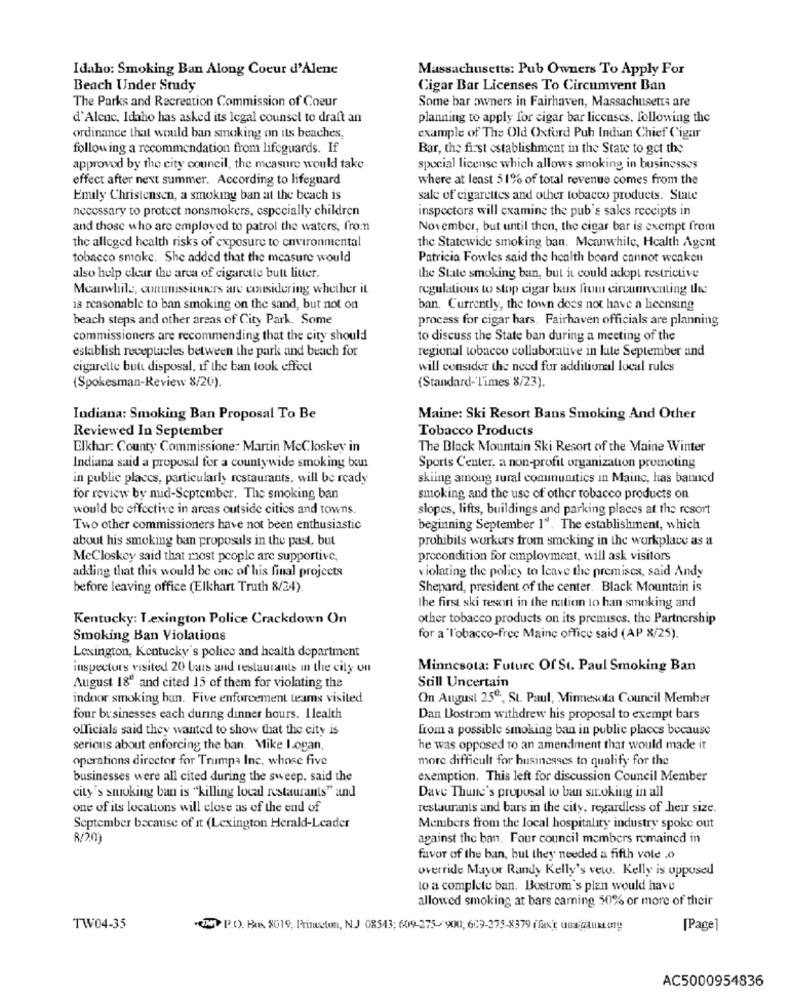
Idaho: Smoking Ban Along Coeur d'Alene
Massachusetts: Pub Owners To Apply For
Beach Under Study
Cigar Bar Licenses To Circumvent Ban
The Parks and Recreation Commission of Coeur
Some bar owners in Fairhaven, Massachusetts are
d'Alene, Idaho has asked its legal counsel to draft an
planning to apply for cigar bar licenses, following the
ordinance that would ban smoking on its beaches,
example of The Old Oxford Puh Indian Chief Cigar
following a recommendation from lifeguards. If
Bar, the first establishment in the State to get the
approved by the city council, the measure would take
special license which allows smoking in businesses
effect after next summer. According to lifeguard
where at least 51% of total revenue comes from the
Emily Christensen, a smoking ban at the beach is
sale of cigarettes and other tobacco products. State
necessary to protect nonsmokers, especially children
inspectors will cxamine the pub's sales receipts in
and those who are employed to patrol the waters, from
November, but until then, the cigar bar is exempt from
the alleged health risks of exposure to environmental
the Statewide smoking ban. Meanwhile, Health Agent
tobacco smoke. She added that the measure would
Patricia Fowles said the health board cannot weaken
also help clear the area of cigarette butt litter.
the State smoking ban, but it could adopt restrictive
Meanwhile, commissioners are considering whether it
regulations to stop cigar bas from circumventing the
is reasonable to ban smoking on the sand, but not on
ban. Currently, the town does not have a licensing
beach steps and other areas of City Park. Some
process for cigar hars. Fairhaven officials are planning
commissioners are recommending that the city should
to discuss the State ban during a meeting of the
establish receptacles between the park and beach for
regional tobacco collaborative in late September and
cigarelle but disposal, if the ban took effect
will consider the need fur additional local rules
(Spokesman-Review 8/20).
(Standard-'Times 8/23).
Indiana: Smoking Ban Proposal To Be
Maine: Ski Resort Bans Smoking And Other
Reviewed In September
Tobacco Products
Elkhar: County Commissione: Martin McCloskey in
The Black Mountain Ski Resort of the Maine Winter
Indiana said a proposal for a countywide smoking ban
Sports Center, a non-profit organization promoting
in public places, particularly restaurants, will be ready
skiing among rural communities in Mainc, has banned
for review by mid-September. The smoking ban
smoking and the use of other tobacco products on
would be effective in areas outside cities and towns.
slopes, lifts, buildings and parking places at the resort
Two other commissioners have not been enthusiastic
beginning September 1", The establishment, which
about his smoking ban proposals in the past, but
prohibits workers from smoking in the workplace as a
McCloskey said that most people are supportive,
precondition for employment, will ask visitors
violating the policy to leave the premises, said Andy
adding that this would be one of his final projects
before leaving office (Elkhart Truth 8/24).
Shepard, president of the center. Black Mountain is
The first ski resort in the nation to han smoking and
Kentucky: Lexington Police Crackdown On
other tobacco products on its premises. the Partnership
Smoking Ban Violations
for a l'obacco-free Maine office said (AP X/25).
Lexington, Kentucky's police and health department
inspectors visited 20 bars and restaurants In the city on
Minnesota: Future Of St. Paul Smoking Ban
August 18" and cited 15 of them for violating the
Still Uncertain
indoor smoking ban. Five enforcement teams visited
On August 25º, St. Paul, Minnesota Council Member
four businesses each during dinner hours. I lealth
Dan Bostrom withdrew his proposal to exempt bars
officials said they wanted to show that the city is
from a possible smoking ban in public places because
serious about enforcing the ban. Mike I.ogan,
he was opposed to an amendment that would made it
operations director for Trumpa Inc, whose five
more difficult for businesses to qualify for the
businesses were all cited during the sweep, said the
exemption. This left for discussion Council Member
city's smoking ban is "killing local restaurants" and
Dave Thune's proposal to ban siroking in all
one of its locations will close as of the end of
restaurants and bars in the city, regardless of heir size.
September because of it (Lexington Herald-Leader
Members from the local hospitality industry spoke out
8/20)
against the ban. Four council members remained in
favor of the ban, but they needed a fifth vote .o
override Mayor Randy Kelly's veto. Kelly is opposed
to a complete ban. Bostrom's plan would have
allowed smoking at bars carning 50% or more of their
TW04-35
(MT P.O. Box. 2019, Princeton, N.J 08543; 609-275-900; 609-275-8379 (fx: una Giaux.org
[Page]
AC5000954836